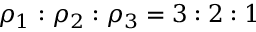
\rho _ { 1 } : \rho _ { 2 } : \rho _ { 3 } = 3 : 2 : 1